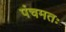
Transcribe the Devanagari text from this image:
पंचमतः